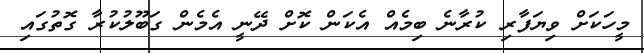
މީހަކަށް ވިޔަފާރި ކުރާނެ ބިމެއް އެކަން ކޮށް ދޭނީ އެމެން ގަބޫލުކުރާ ގޮތުގައި